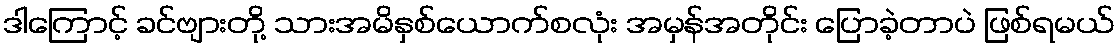
ဒါကြောင့် ခင်ဗျားတို့ သားအမိနှစ်ယောက်စလုံး အမှန်အတိုင်း ပြောခဲ့တာပဲ ဖြစ်ရမယ်